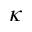
\kappa